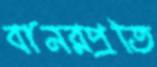
বানরপ্রতি